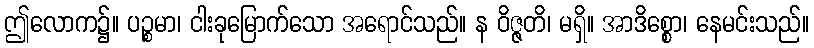
ဤလောက၌။ ပဉ္စမာ၊ ငါးခုမြောက်သော အရောင်သည်။ န ဝိဇ္ဇတိ၊ မရှိ။ အာဒိစ္စော၊ နေမင်းသည်။